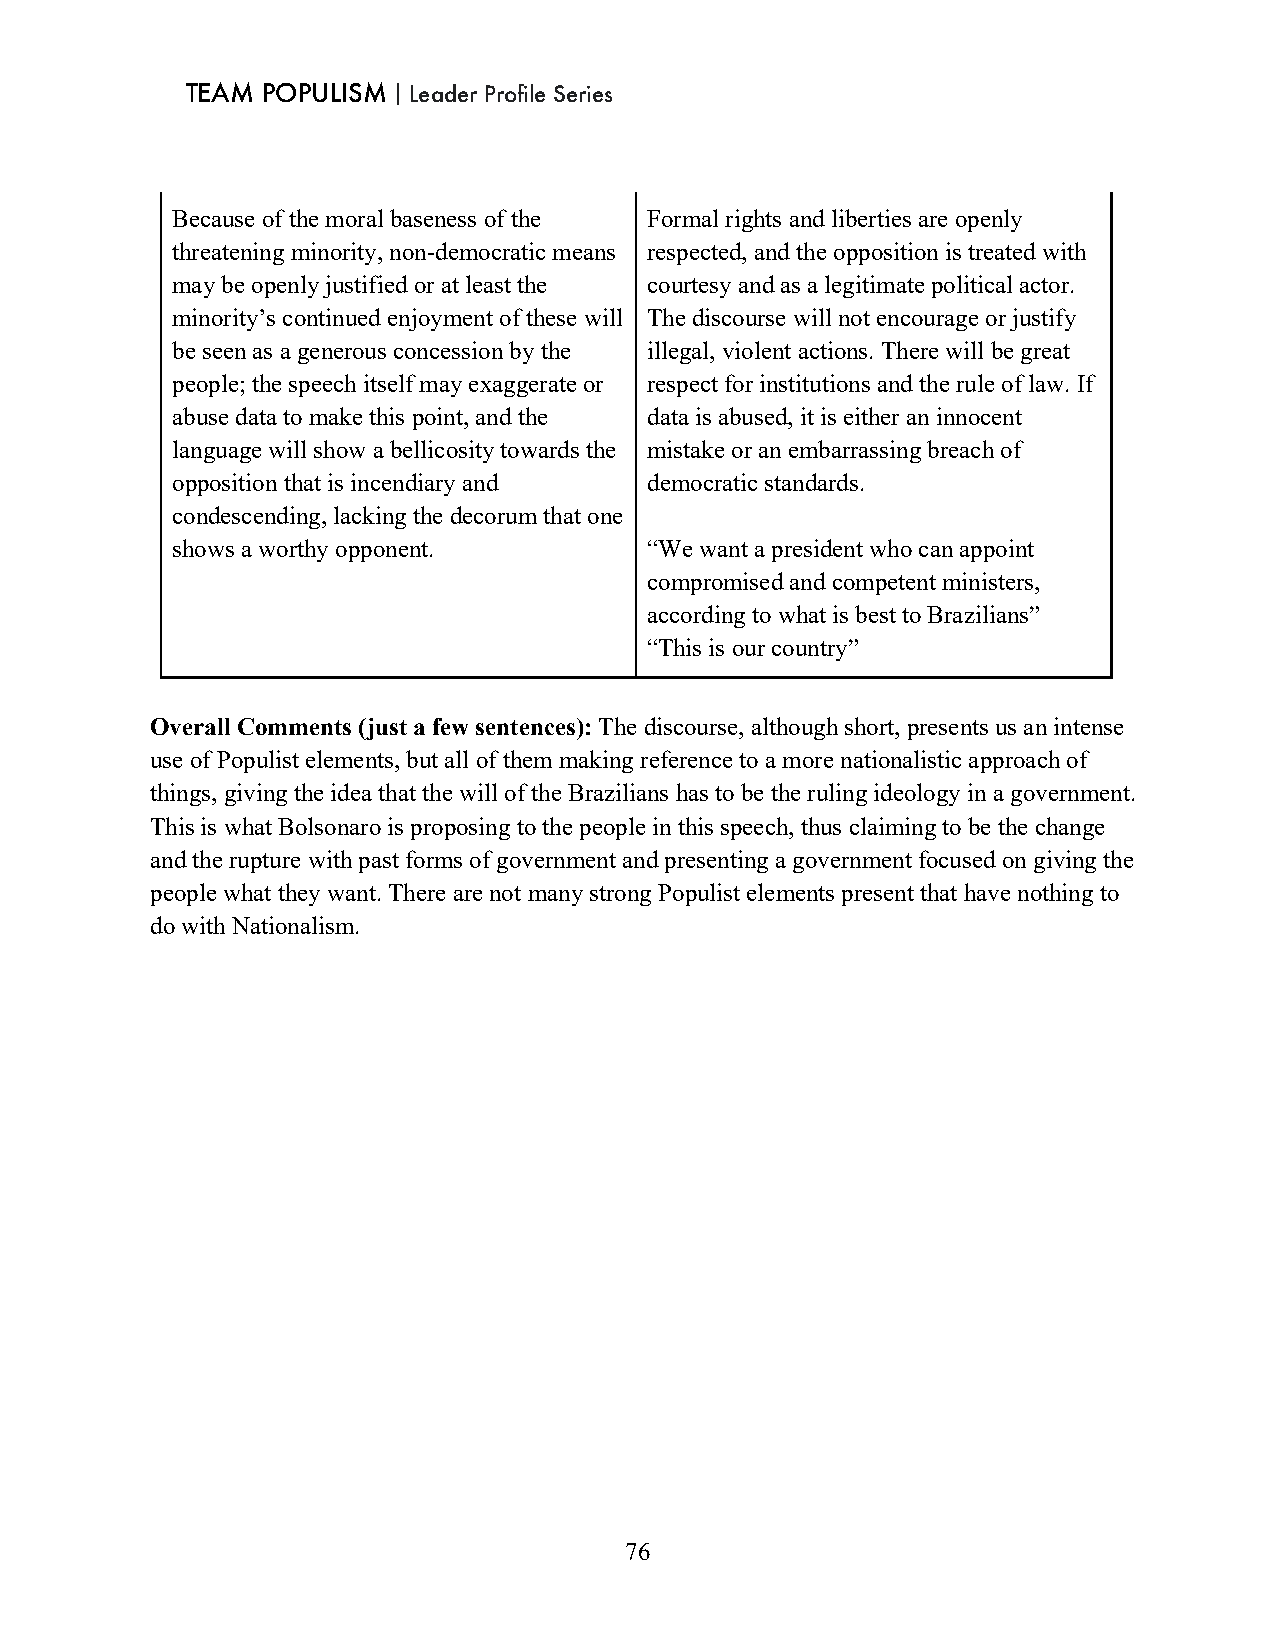
TEAM POPULISM｜Leader Profile Series
 Because of the moral baseness of the Formal rights and liberties are openly
 threatening minority, non-democratic means respected, and the opposition is treated with
 may be openly justified or at least the courtesy and as a legitimate political actor.
 minority’s continued enjoyment of these will The discourse will not encourage or justify
 be seen as a generous concession by the illegal, violent actions. There will be great
 people; the speech itself may exaggerate or respect for institutions and the rule of law. If
 abuse data to make this point, and the data is abused, it is either an innocent
 language will show a bellicosity towards the mistake or an embarrassing breach of
 opposition that is incendiary and democratic standards.
 condescending, lacking the decorum that one
 shows a worthy opponent.        “We want a president who can appoint
 compromised and competent ministers,
 according to what is best to Brazilians”
 “This is our country”
 Overall Comments (just a few sentences): The discourse, although short, presents us an intense
 use of Populist elements, but all of them making reference to a more nationalistic approach of
 things, giving the idea that the will of the Brazilians has to be the ruling ideology in a government.
 This is what Bolsonaro is proposing to the people in this speech, thus claiming to be the change
 and the rupture with past forms of government and presenting a government focused on giving the
 people what they want. There are not many strong Populist elements present that have nothing to
 do with Nationalism.
 76